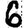
Digit: 6